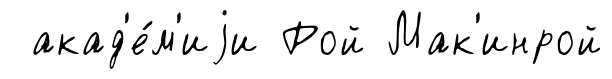
акад'е́м'иjи Рой Мак'инрой